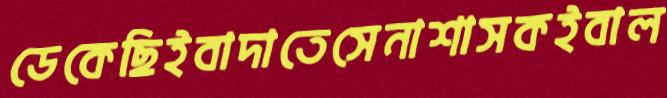
ডেকেছিইবাদাতেসেনাশাসকইবাল